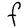
Character: F